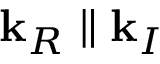
\mathbf { k } _ { R } \parallel \mathbf { k } _ { I }